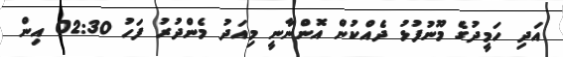
އަދި ހަމީދުގެ މޫނުފުޅު ދެއްކުން އޮންނާނީ މިއަދު މެންދުރު ފަހު 02:30 އިން